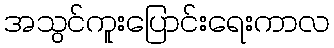
အသွင်ကူးပြောင်းရေးကာလ